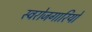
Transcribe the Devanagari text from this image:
स्वरोजगारियों